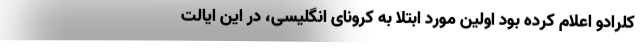
کلرادو اعلام کرده بود اولین مورد ابتلا به کرونای انگلیسی، در این ایالت